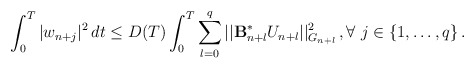
\begin{align*}\int_0^T|w_{n+j}|^2\,dt \le D(T) \int_0^T \sum_{l=0}^q || \mathcal{\mathbf{B}}_{n+l}^{\ast}U_{n+l}||_{G_{n+l}}^2 \,,\forall \ j \in \{1, \ldots, q\} \,.\end{align*}